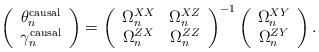
LaTeX: \begin{align*} \left(\begin{array}{c}\theta^{\mathrm{causal}}_n \\\gamma^{\mathrm{causal}}_n\end{array}\right)=\left(\begin{array}{cc}\Omega^{XX}_n & \Omega^{XZ}_n \\\Omega^{ZX}_n & \Omega^{ZZ}_n\end{array}\right)^{-1}\left(\begin{array}{c}\Omega^{XY}_n \\\Omega^{ZY}_n\end{array}\right).\end{align*}